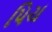
પિચ